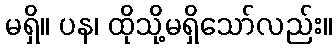
မရှိ။ ပန၊ ထိုသို့မရှိသော်လည်း။